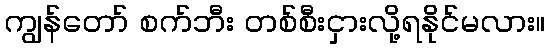
ကျွန်တော် စက်ဘီး တစ်စီးငှားလို့ရနိုင်မလား။